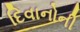
દિવાનોની